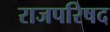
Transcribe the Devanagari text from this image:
राजपरिषद